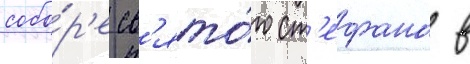
собо́р'е св'ято́го ст'ефана в